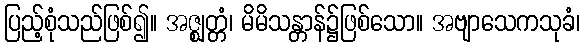
ပြည့်စုံသည်ဖြစ်၍။ အဇ္ဈတ္တံ၊ မိမိသန္တာန်၌ဖြစ်သော။ အဗျာသေကသုခံ၊